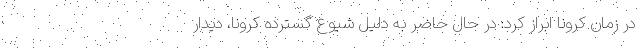
در زمان کرونا ابراز کرد: در حال حاضر به دلیل شیوع گسترده کرونا، دیدار